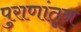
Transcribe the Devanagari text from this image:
पुराणांतून